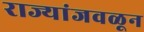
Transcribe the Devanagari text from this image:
राज्यांजवळून